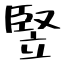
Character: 竪